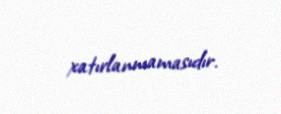
xatırlanmamasıdır.